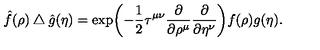
{ \hat { f } } ( \rho ) \bigtriangleup { \hat { g } } ( \eta ) = \exp \biggl ( - \frac { 1 } { 2 } \tau ^ { \mu \nu } \frac { \partial } { \partial \rho ^ { \mu } } \frac { \partial } { \partial \eta ^ { \nu } } \biggl ) f ( \rho ) g ( \eta ) .